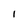
Character: I